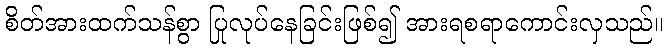
စိတ်အားထက်သန်စွာ ပြုလုပ်နေခြင်းဖြစ်၍ အားရစရာကောင်းလှသည်။